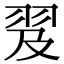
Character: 𦐅